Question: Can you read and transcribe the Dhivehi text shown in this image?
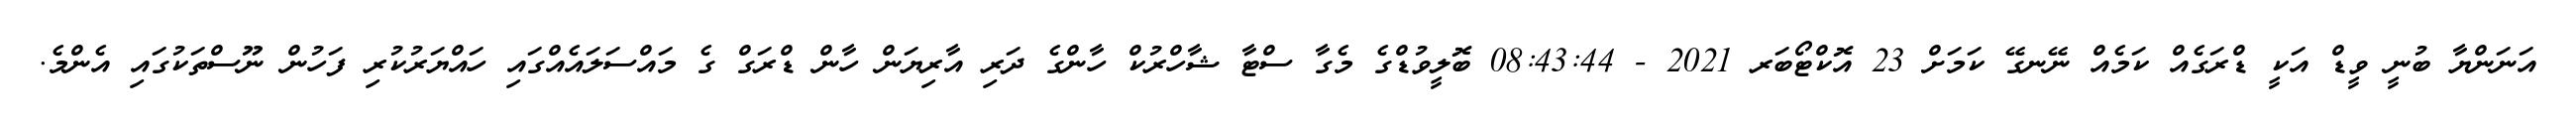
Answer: އަނަންޔާ ބުނީ ވީޑް އަކީ ޑްރަގެއް ކަމެއް ނޭނގޭ ކަމަށް 23 އޮކްޓޯބަރ 2021 - 08:43:44 ބޮލީވުޑްގެ މެގާ ސްޓާ ޝާހްރުކް ހާންގެ ދަރި އާރިޔަން ހާން ޑްރަގް ގެ މައްސަލައެއްގައި ހައްޔަރުކުރި ފަހުން ނޫސްތަކުގައި އެންމެ.